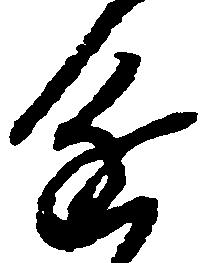
進